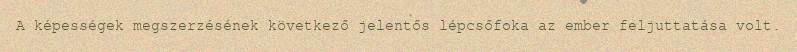
A képességek megszerzésének következő jelentős lépcsőfoka az ember feljuttatása volt.